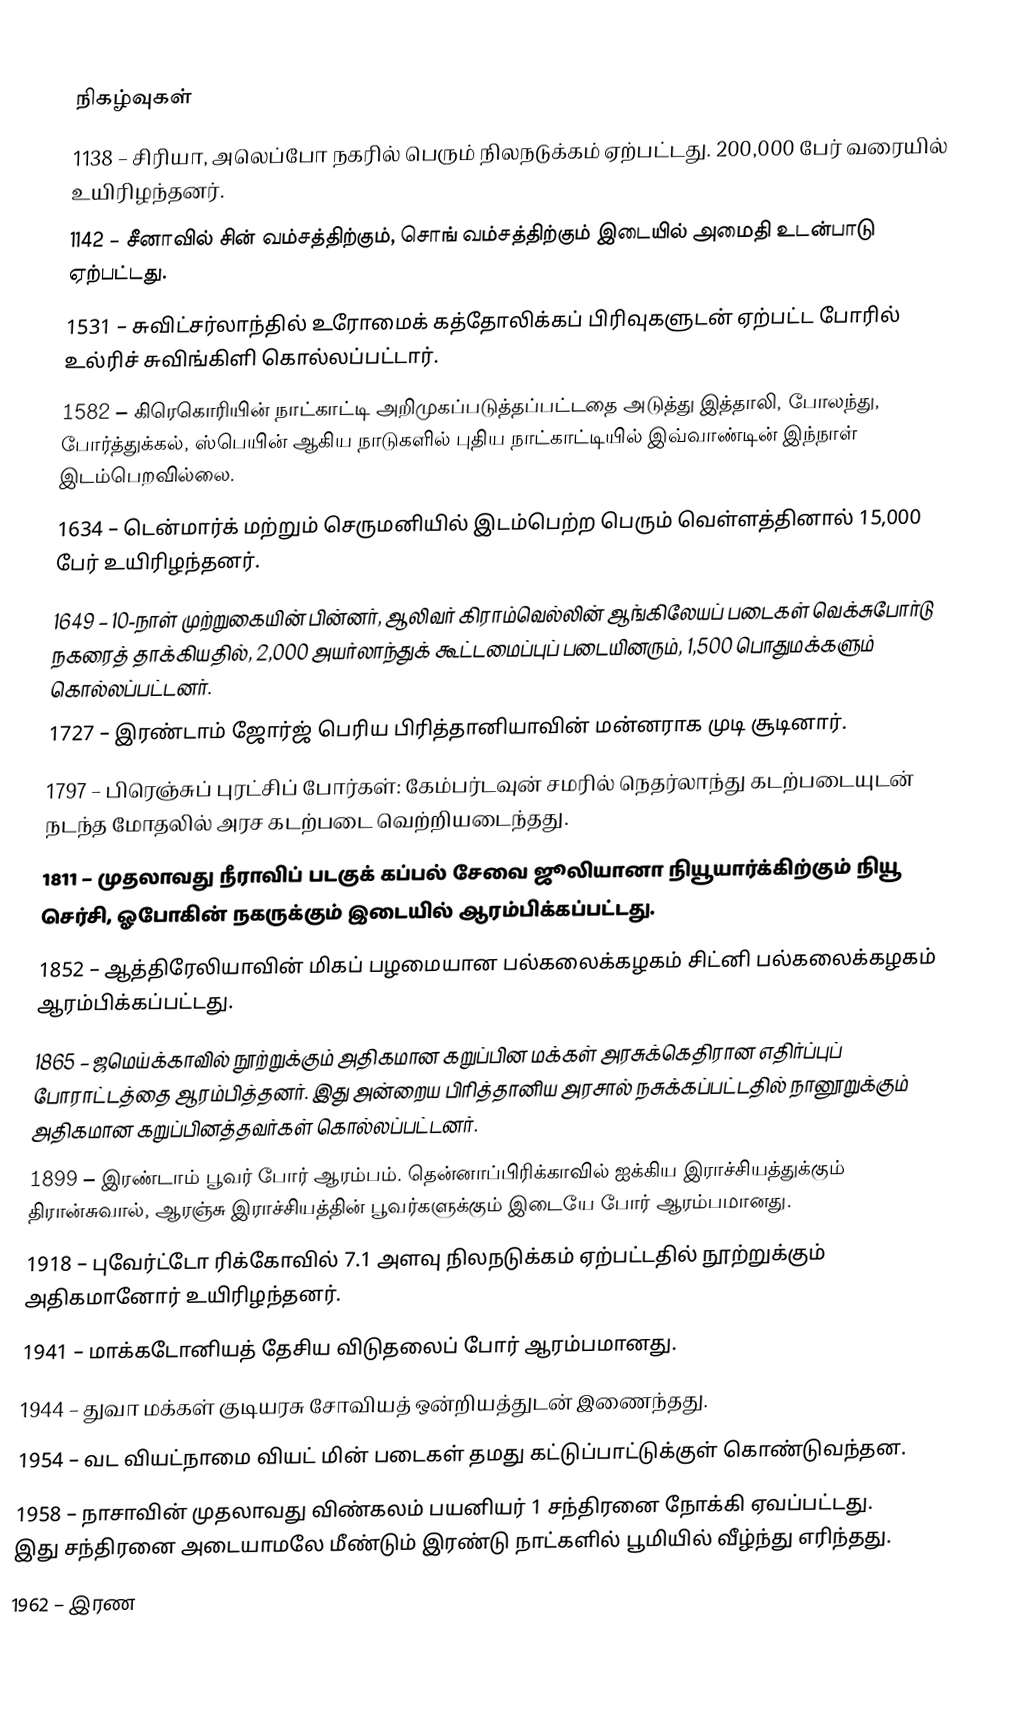

நிகழ்வுகள்
1138 – சிரியா, அலெப்போ நகரில் பெரும் நிலநடுக்கம் ஏற்பட்டது. 200,000 பேர் வரையில் உயிரிழந்தனர்.
1142 – சீனாவில் சின் வம்சத்திற்கும், சொங் வம்சத்திற்கும் இடையில் அமைதி உடன்பாடு ஏற்பட்டது.
1531 – சுவிட்சர்லாந்தில் உரோமைக் கத்தோலிக்கப் பிரிவுகளுடன் ஏற்பட்ட போரில் உல்ரிச் சுவிங்கிளி கொல்லப்பட்டார்.
1582 – கிரெகொரியின் நாட்காட்டி அறிமுகப்படுத்தப்பட்டதை அடுத்து இத்தாலி, போலந்து, போர்த்துக்கல், ஸ்பெயின் ஆகிய நாடுகளில் புதிய நாட்காட்டியில் இவ்வாண்டின் இந்நாள் இடம்பெறவில்லை.
1634 – டென்மார்க் மற்றும் செருமனியில் இடம்பெற்ற பெரும் வெள்ளத்தினால் 15,000 பேர் உயிரிழந்தனர்.
1649 – 10-நாள் முற்றுகையின் பின்னர், ஆலிவர் கிராம்வெல்லின் ஆங்கிலேயப் படைகள் வெக்சுபோர்டு நகரைத் தாக்கியதில், 2,000 அயர்லாந்துக் கூட்டமைப்புப் படையினரும், 1,500 பொதுமக்களும் கொல்லப்பட்டனர்.
1727 – இரண்டாம் ஜோர்ஜ் பெரிய பிரித்தானியாவின் மன்னராக முடி சூடினார்.
1797 – பிரெஞ்சுப் புரட்சிப் போர்கள்: கேம்பர்டவுன் சமரில் நெதர்லாந்து கடற்படையுடன் நடந்த மோதலில் அரச கடற்படை வெற்றியடைந்தது.
1811 – முதலாவது நீராவிப் படகுக் கப்பல் சேவை ஜூலியானா நியூயார்க்கிற்கும் நியூ செர்சி, ஓபோகின் நகருக்கும் இடையில் ஆரம்பிக்கப்பட்டது.
1852 – ஆத்திரேலியாவின் மிகப் பழமையான பல்கலைக்கழகம் சிட்னி பல்கலைக்கழகம் ஆரம்பிக்கப்பட்டது.
1865 – ஜமெய்க்காவில் நூற்றுக்கும் அதிகமான கறுப்பின மக்கள் அரசுக்கெதிரான எதிர்ப்புப் போராட்டத்தை ஆரம்பித்தனர். இது அன்றைய பிரித்தானிய அரசால் நசுக்கப்பட்டதில் நானூறுக்கும் அதிகமான கறுப்பினத்தவர்கள் கொல்லப்பட்டனர்.
1899 – இரண்டாம் பூவர் போர் ஆரம்பம். தென்னாப்பிரிக்காவில் ஐக்கிய இராச்சியத்துக்கும் திரான்சுவால், ஆரஞ்சு இராச்சியத்தின் பூவர்களுக்கும் இடையே போர் ஆரம்பமானது.
1918 – புவேர்ட்டோ ரிக்கோவில் 7.1 அளவு நிலநடுக்கம் ஏற்பட்டதில் நூற்றுக்கும் அதிகமானோர் உயிரிழந்தனர்.
1941 – மாக்கடோனியத் தேசிய விடுதலைப் போர் ஆரம்பமானது.
1944 – துவா மக்கள் குடியரசு சோவியத் ஒன்றியத்துடன் இணைந்தது.
1954 – வட வியட்நாமை வியட் மின் படைகள் தமது கட்டுப்பாட்டுக்குள் கொண்டுவந்தன.
1958 – நாசாவின் முதலாவது விண்கலம் பயனியர் 1 சந்திரனை நோக்கி ஏவப்பட்டது. இது சந்திரனை அடையாமலே மீண்டும் இரண்டு நாட்களில் பூமியில் வீழ்ந்து எரிந்தது.
1962 – இரண